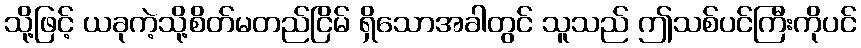
သို့ဖြင့် ယခုကဲ့သို့စိတ်မတည်ငြိမ် ရှိသောအခါတွင် သူသည် ဤသစ်ပင်ကြီးကိုပင်